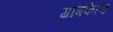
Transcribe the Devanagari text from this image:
ग्राबफेल्ड